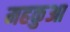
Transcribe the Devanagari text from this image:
महकुआ